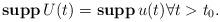
LaTeX: \begin{align*}\textbf{supp} \,U(t)=\textbf{supp}\,u(t) \forall t> t_0.\end{align*}